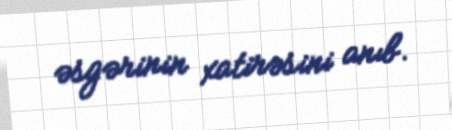
əsgərinin xatirəsini anıb.